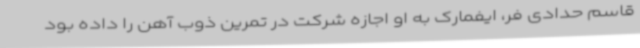
قاسم حدادی فر، ایفمارک به او اجازه شرکت در تمرین ذوب آهن را داده بود